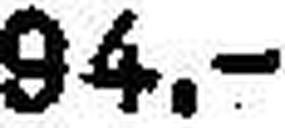
94.—